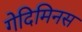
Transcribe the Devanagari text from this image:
गेदिमिनस